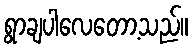
ရွာချပါလေတော့သည်။